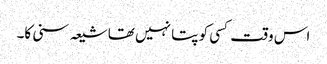
اس وقت کسی کو پتا نہیں تھا شیعہ سنی کا۔